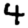
Digit: 4